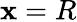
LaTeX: \mathbf{x}=R